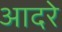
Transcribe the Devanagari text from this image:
आदरे